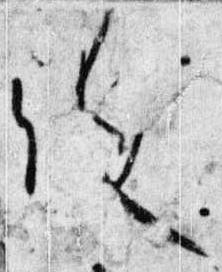
候